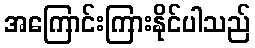
အကြောင်းကြားနိုင်ပါသည်